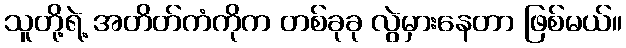
သူတို့ရဲ့ အတိတ်ကံကိုက တစ်ခုခု လွဲမှားနေတာ ဖြစ်မယ်။